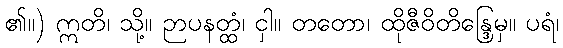
၏။) ဣတိ၊ သို့။ ဉာပနတ္ထံ၊ ငှါ။ တတော၊ ထိုဇီဝိတိန္ဒြေမှ။ ပရံ၊